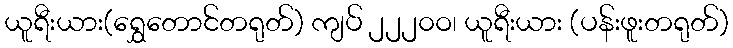
ယူရီးယား(ရွှေတောင်တရုတ်) ကျပ် ၂၂၂၀ဝ၊ ယူရီးယား (ပန်းဖူးတရုတ်)